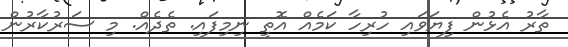
ތާރު އެޅުން ފިޔަވައި ހުރިހާ ކަމެއް އޮތީ ނިމިފައި. ތެދެއް. މި ސަރުކާރުން